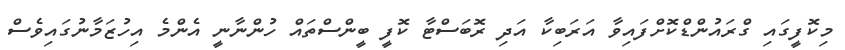
މިކޮފީގައި ގްރައުންޑްކޮށްފައިވާ އަރަބިކާ އަދި ރޮބަސްޓާ ކޮފީ ބީންސްތައް ހުންނާނީ އެންމެ އިހުޒަމާނުގައިވެސް